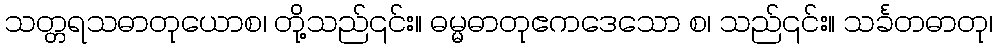
သတ္တရသဓာတုယောစ၊ တို့သည်၎င်း။ ဓမ္မဓာတုဧကဒေသော စ၊ သည်၎င်း။ သင်္ခတဓာတု၊